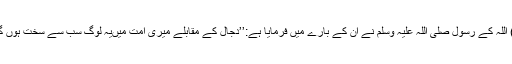
(1) اللہ کے رسول صلی اللہ علیہ وسلم نے ان کے بارے میں فرمایا ہے:’’دجال کے مقابلے میری امت میںیہ لوگ سب سے سخت ہوں گے۔